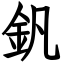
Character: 釩